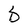
Character: D